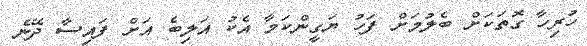
ހުރިހާ ގޮތަކަށް ބެލުމަށް ފަހު ޔަގީންކަމާ އެކު އަލިބެ އަށް ފައިސާ ދޭނެ